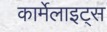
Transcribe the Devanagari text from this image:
कार्मेलाइट्स